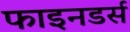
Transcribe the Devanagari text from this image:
फाइनडर्स